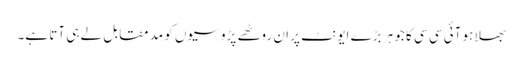
بھلا ہو آئی سی سی کا جو ہر بڑے ایونٹ پر ان روٹھے پڑوسیوں کو مد ِمقابل لے ہی آتا ہے۔